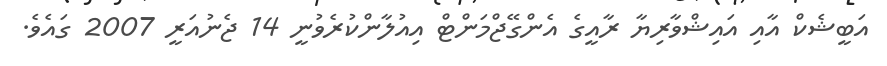
އަބީޝެކް އާއި އައިޝްވާރިޔާ ރާއީގެ އެންގޭޖްމަންޓް އިއުލާންކުރެވުނީ 14 ޖެނުއަރީ 2007 ގައެވެ.